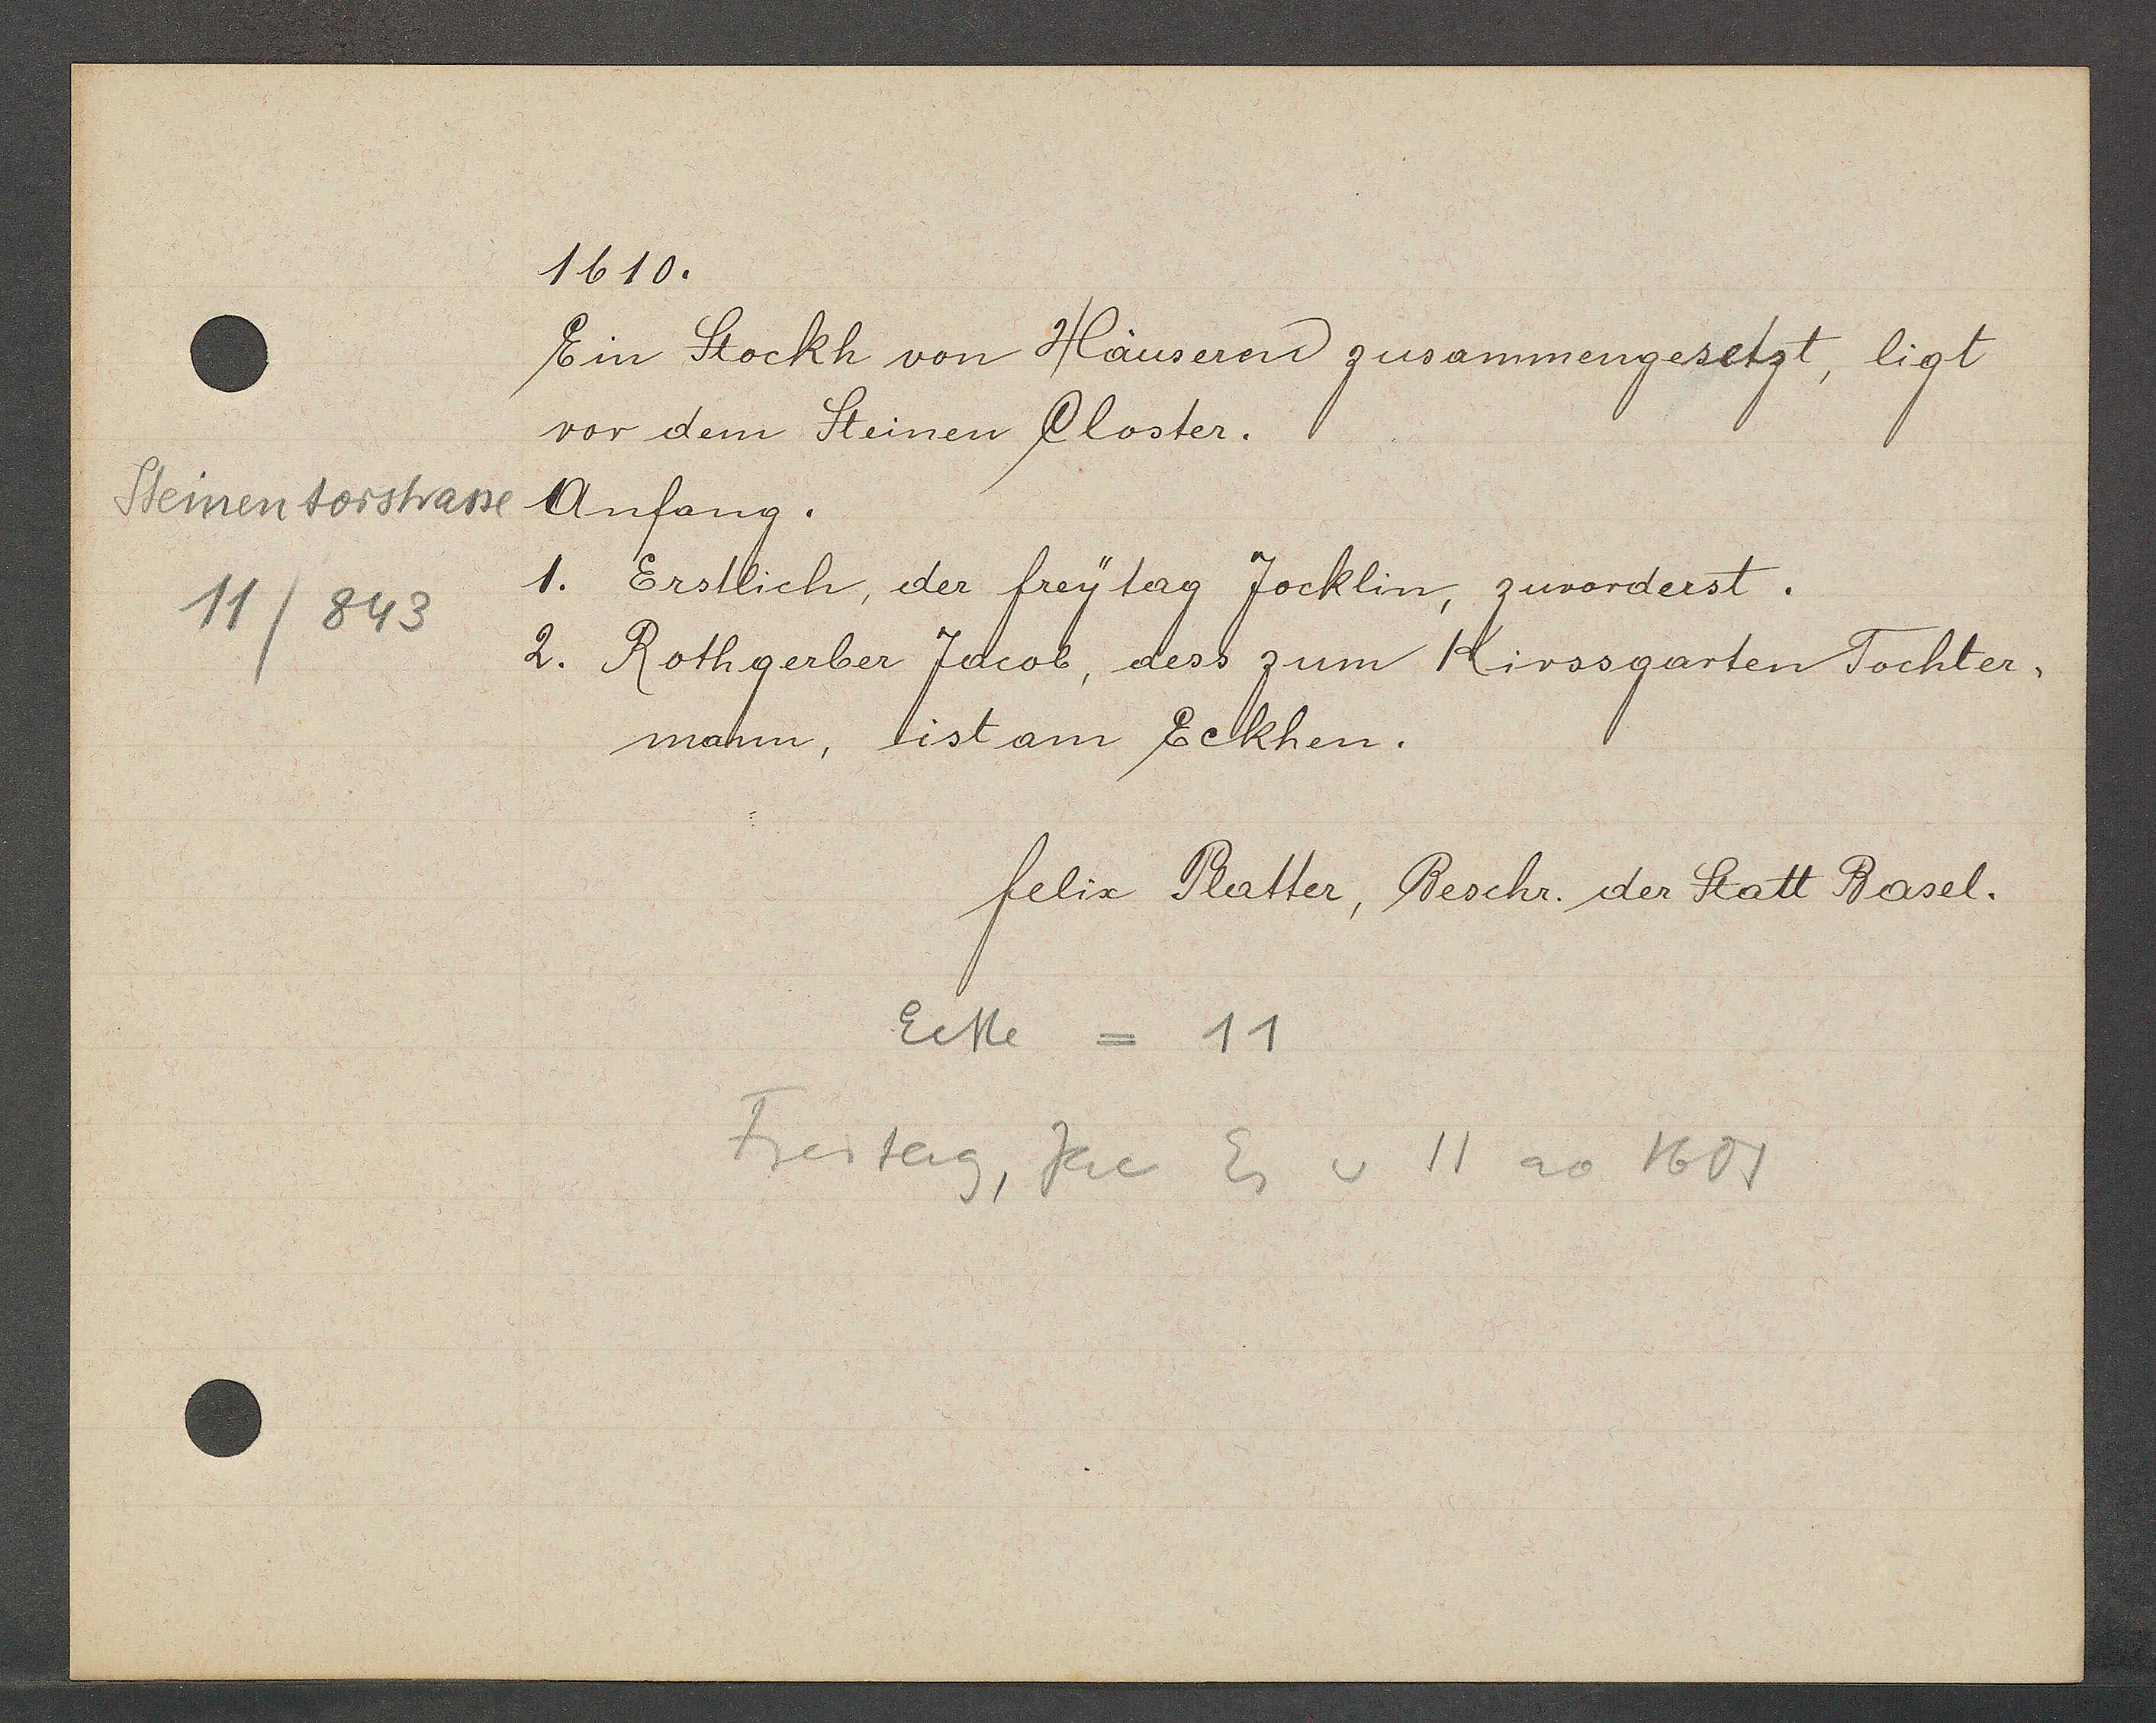
Transcript:
Steinentorstasse
11/843

1610.

Ein Stockh von Häusern zusammengesetzt, ligt
vor dem Steinen Closter.
Anfang.
1. Erstlich, der freytag Jocklin, zuorderst.
2. Rothgerber Jacob, dess zum Kirssgarten Tochter,
mann, ist am Eckhen.

Ecke = 11
Freitag, Jac Eg v 11 ao 1601

felix Platter, Beschr. der Statt Basel.